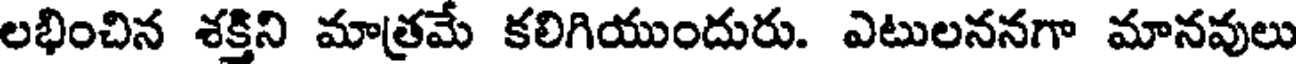
లభించిన శక్తిని మాత్రమే కలిగియుందురు. ఎటులననగా మానవులు